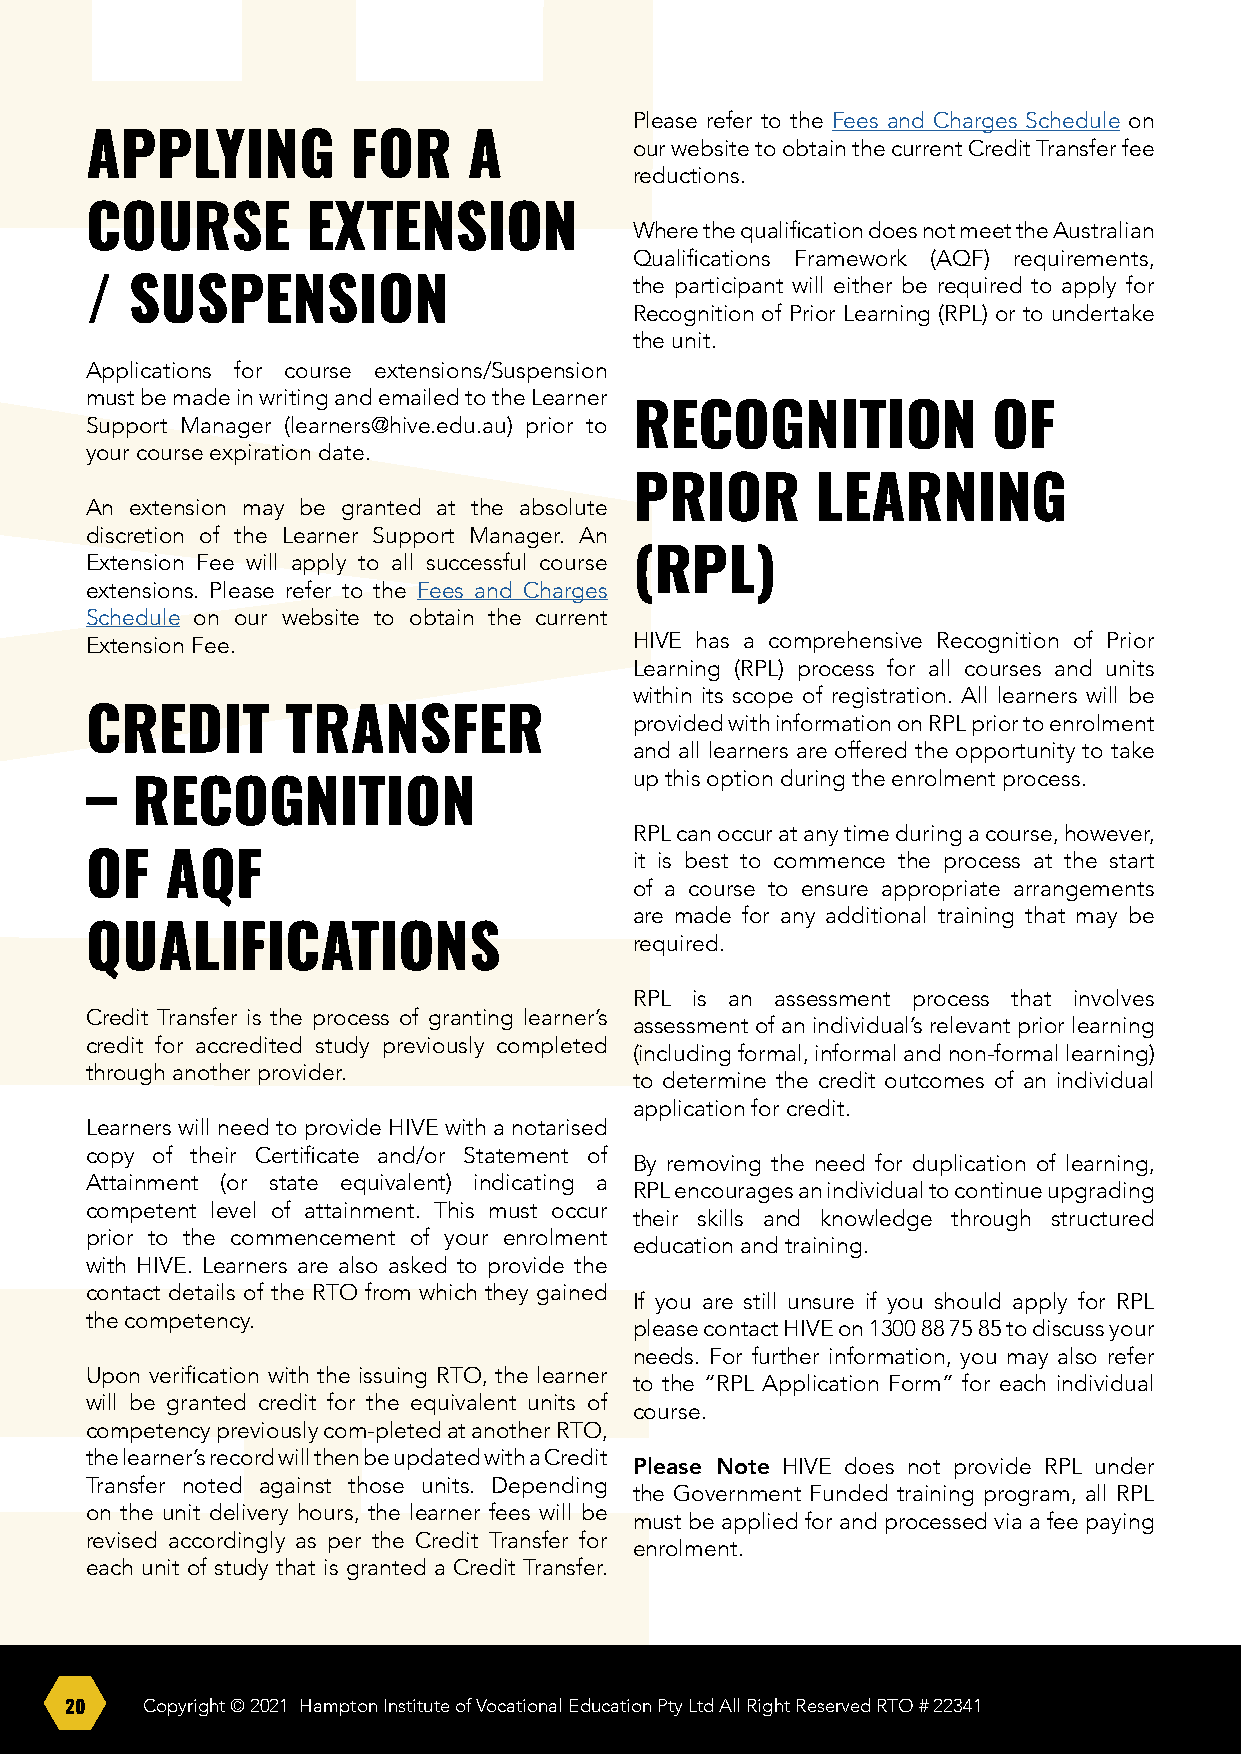
Please refer to the Fees and Charges Schedule on
 APPLYING         FOR     A          our website to obtain the current Credit Transfer fee
 reductions.
 COURSE        EXTENSION
 Where the qualification does not meet the Australian
 Qualifications Framework (AQF) requirements,
 the participant will either be required to apply for
 /  SUSPENSION
 Recognition of Prior Learning (RPL) or to undertake
 the unit.
 Applications for course extensions/Suspension
 must be made in writing and emailed to the Learner
 Support Manager (learners@hive.edu.au) prior to RECOGNITION OF
 your course expiration date.
 PRIOR       LEARNING
 An extension may be granted at the absolute
 discretion of the Learner Support Manager. An
 Extension Fee will apply to all successful course (RPL)
 extensions. Please refer to the Fees and Charges
 Schedule on our website to obtain the current
 Extension Fee.                      HIVE has a comprehensive Recognition of Prior
 Learning (RPL) process for all courses and units
 within its scope of registration. All learners will be
 CREDIT       TRANSFER               provided with information on RPL prior to enrolment
 and all learners are offered the opportunity to take
 up this option during the enrolment process.
 –  RECOGNITION
 RPL can occur at any time during a course, however,
 it is best to commence the process at the start
 OF   AQF
 of a course to ensure appropriate arrangements
 are made for any additional training that may be
 QUALIFICATIONS                      required.
 RPL is an assessment process that involves
 Credit Transfer is the process of granting learner’s
 assessment of an individual’s relevant prior learning
 credit for accredited study previously completed
 (including formal, informal and non-formal learning)
 through another provider.
 to determine the credit outcomes of an individual
 application for credit.
 Learners will need to provide HIVE with a notarised
 copy of their Certificate and/or Statement of
 By removing the need for duplication of learning,
 Attainment (or state equivalent) indicating a
 RPL encourages an individual to continue upgrading
 competent level of attainment. This must occur
 their skills and knowledge through structured
 prior to the commencement of your enrolment
 education and training.
 with HIVE. Learners are also asked to provide the
 contact details of the RTO from which they gained
 If you are still unsure if you should apply for RPL
 the competency.
 please contact HIVE on 1300 88 75 85 to discuss your
 needs. For further information, you may also refer
 Upon verification with the issuing RTO, the learner
 to the “RPL Application Form” for each individual
 will be granted credit for the equivalent units of
 course.
 competency previously com-pleted at another RTO,
 the learner’s record will then be updated with a Credit
 Please Note HIVE does not provide RPL under
 Transfer noted against those units. Depending
 the Government Funded training program, all RPL
 on the unit delivery hours, the learner fees will be
 must be applied for and processed via a fee paying
 revised accordingly as per the Credit Transfer for
 enrolment.
 each unit of study that is granted a Credit Transfer.
 20   Copyright © 2021 Hampton Institute of Vocational Education Pty Ltd All Right Reserved RTO # 22341